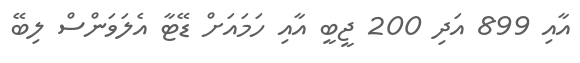
އާއި 899 އަދި 200 ޖީބީ އާއި ހަމައަށް ޑޭޓާ އެލަވަންސް ލިބޭ